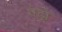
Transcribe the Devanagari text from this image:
एंट्रो